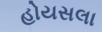
હોયસલા